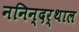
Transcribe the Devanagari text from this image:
ननिन्दर्थाल